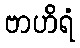
ဗာဟိရံ